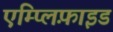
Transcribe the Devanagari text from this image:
एम्प्लिफ़ाइड